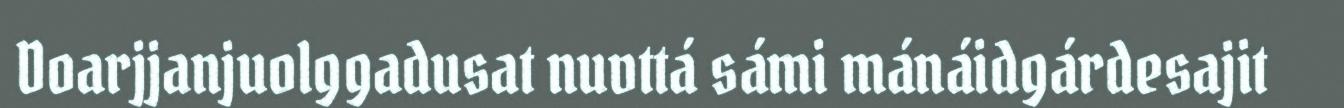
Doarjjanjuolggadusat nuvttá sámi mánáidgárdesajit